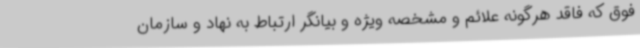
فوق که فاقد هرگونه علائم و مشخصه ویژه و بیانگر ارتباط به نهاد و سازمان